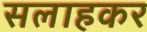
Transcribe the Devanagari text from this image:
सलाहकर